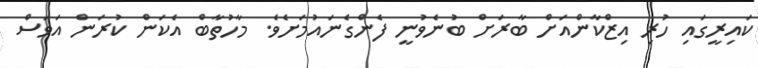
ކައިރީގައި ހުރި އިޒްކާންއަށް ބާރަށް ބުނެވުނީ ފެންގެނައުމަށެވެ. މާހުތާބް އެކަން ކުރަން އަވަސް